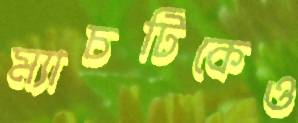
ম্যাচটিকেও